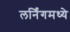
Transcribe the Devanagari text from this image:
लर्निंगमध्ये